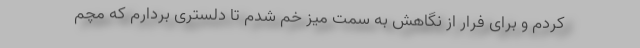
کردم و برای فرار از نگاهش به سمت میز خم شدم تا دلستری بردارم که مچم